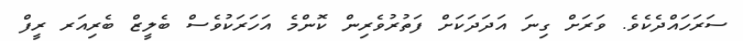
ސަރަހައްދެކެވެ. ވަރަށް ގިނަ އަދަދަކަށް ފަތުރުވެރިން ކޮންމެ އަހަރަކުވެސް ބެލީޒް ބެރިއަރ ރީފް